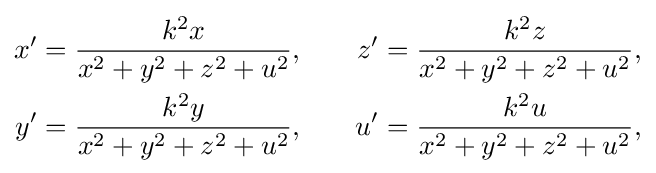
{\begin{aligned}x'&={\frac {k^{2}x}{x^{2}+y^{2}+z^{2}+u^{2}}},\quad &z'&={\frac {k^{2}z}{x^{2}+y^{2}+z^{2}+u^{2}}},\\y'&={\frac {k^{2}y}{x^{2}+y^{2}+z^{2}+u^{2}}},&u'&={\frac {k^{2}u}{x^{2}+y^{2}+z^{2}+u^{2}}},\end{aligned}}